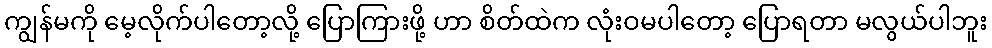
ကျွန်မကို မေ့လိုက်ပါတော့လို့ ပြောကြားဖို့ ဟာ စိတ်ထဲက လုံးဝမပါတော့ ပြောရတာ မလွယ်ပါဘူး